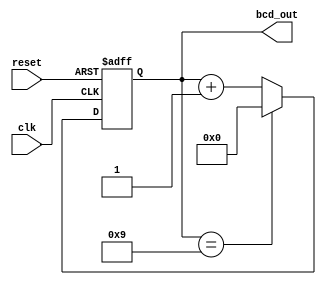
module BCD_counter(
    input clk,
    input reset,
    output reg [3:0] bcd_out
);

reg [3:0] count;

always @(posedge clk or posedge reset) begin
    if (reset) begin
        count <= 4'b0000;
    end else begin
        if (count == 4'b1001) begin
            count <= 4'b0000;
        end else begin
            count <= count + 4'b0001;
        end
    end
end

assign bcd_out = count;

endmodule